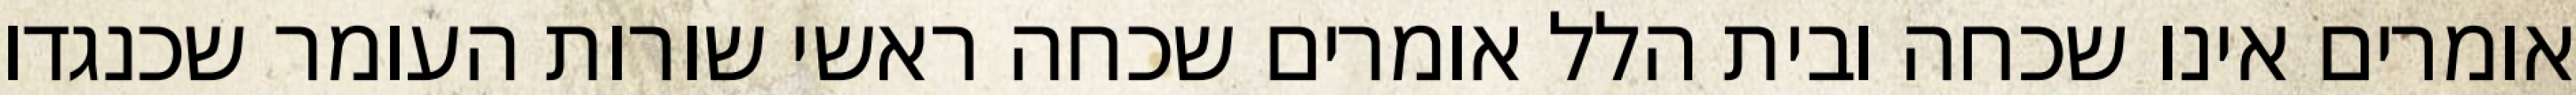
אומרים אינו שכחה ובית הלל אומרים שכחה ראשי שורות העומר שכנגדו